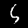
Label: 5